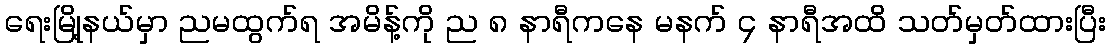
ရေးမြို့နယ်မှာ ညမထွက်ရ အမိန့်ကို ည ၈ နာရီကနေ မနက် ၄ နာရီအထိ သတ်မှတ်ထားပြီး